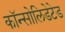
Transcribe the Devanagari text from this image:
कॉन्सोलिडेटेड